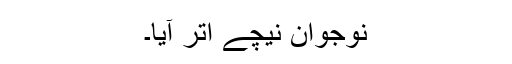
نوجوان نیچے اتر آیا۔